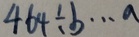
4 6 4 \div b \cdots a